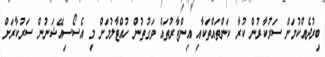
ބިރުދެއްކުމަށް ސަރުކާރުން ކުރާ ކަންތައްތަކާއި އިންޒާރުތައް ވަގުތުން ހުއްޓާލުމަށް މި އެސޯސިއޭޝަނުން ސަރުކާރަށް